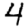
Digit: 4